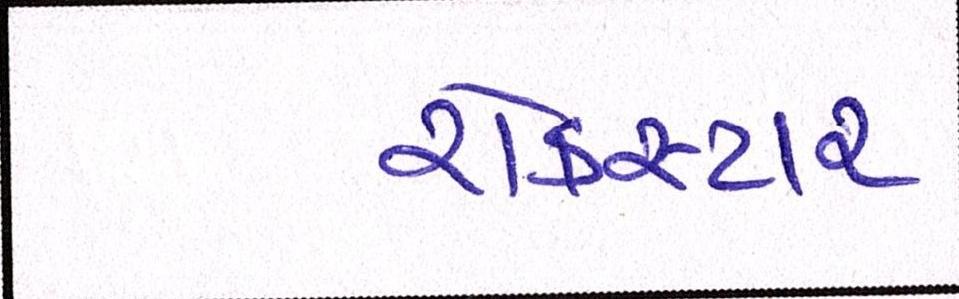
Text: રોકસ્ટાર